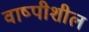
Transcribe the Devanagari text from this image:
वाष्पीशील